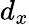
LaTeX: d_{x}